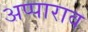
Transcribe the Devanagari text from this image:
अप्पाराव